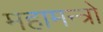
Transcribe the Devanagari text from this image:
महामन्त्रो